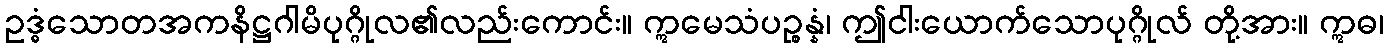
ဥဒ္ဓံသောတအကနိဋ္ဌဂါမိပုဂ္ဂိုလ၏လည်းကောင်း။ ဣမေသံပဉ္စန္နံ၊ ဤငါးယောက်သောပုဂ္ဂိုလ် တို့အား။ ဣဓ၊